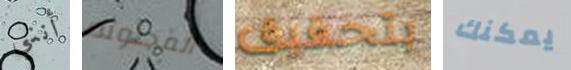
أنني المجنونه بتحقيق يمكنك